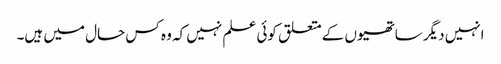
انہیں دیگر ساتھیوں کے متعلق کوئی علم نہیں کہ وہ کس حال میں ہیں۔